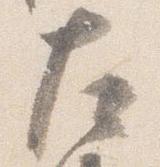
左